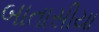
બાતાસીયા